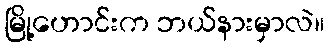
မြို့ဟောင်းက ဘယ်နားမှာလဲ။